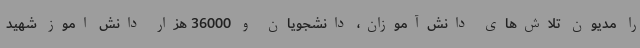
را مدیون تلاش‌های دانش‌آموزان، دانشجویان و 36000 هزار دانش اموز شهید